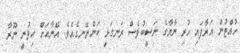
ހުއްޓުން އަރާފައި ހުރި ނާޔާގެ ނަސީބުވެސް ރަނގަޅީ ކަންނޭނގެއެވެ. އޭނާއަށް އިވުނީ ނޫރާ